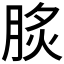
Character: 𦛧